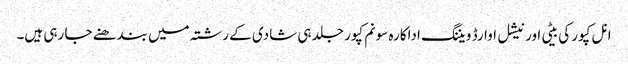
انل کپور کی بیٹی اور نیشل اوارڈ ویننگ اداکارہ سونم کپور جلد ہی شادی کے رشتہ میں بندھنے جا رہی ہیں۔